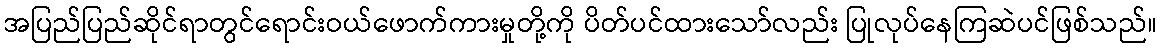
အပြည်ပြည်ဆိုင်ရာတွင်ရောင်းဝယ်ဖောက်ကားမှုတို့ကို ပိတ်ပင်ထားသော်လည်း ပြုလုပ်နေကြဆဲပင်ဖြစ်သည်။